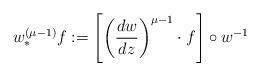
LaTeX: \begin{align*} w_{*}^{(\mu - 1)}f := \left[\left( \frac{dw}{dz} \right)^{\mu - 1} \cdot f \right] \circ w^{-1}\end{align*}